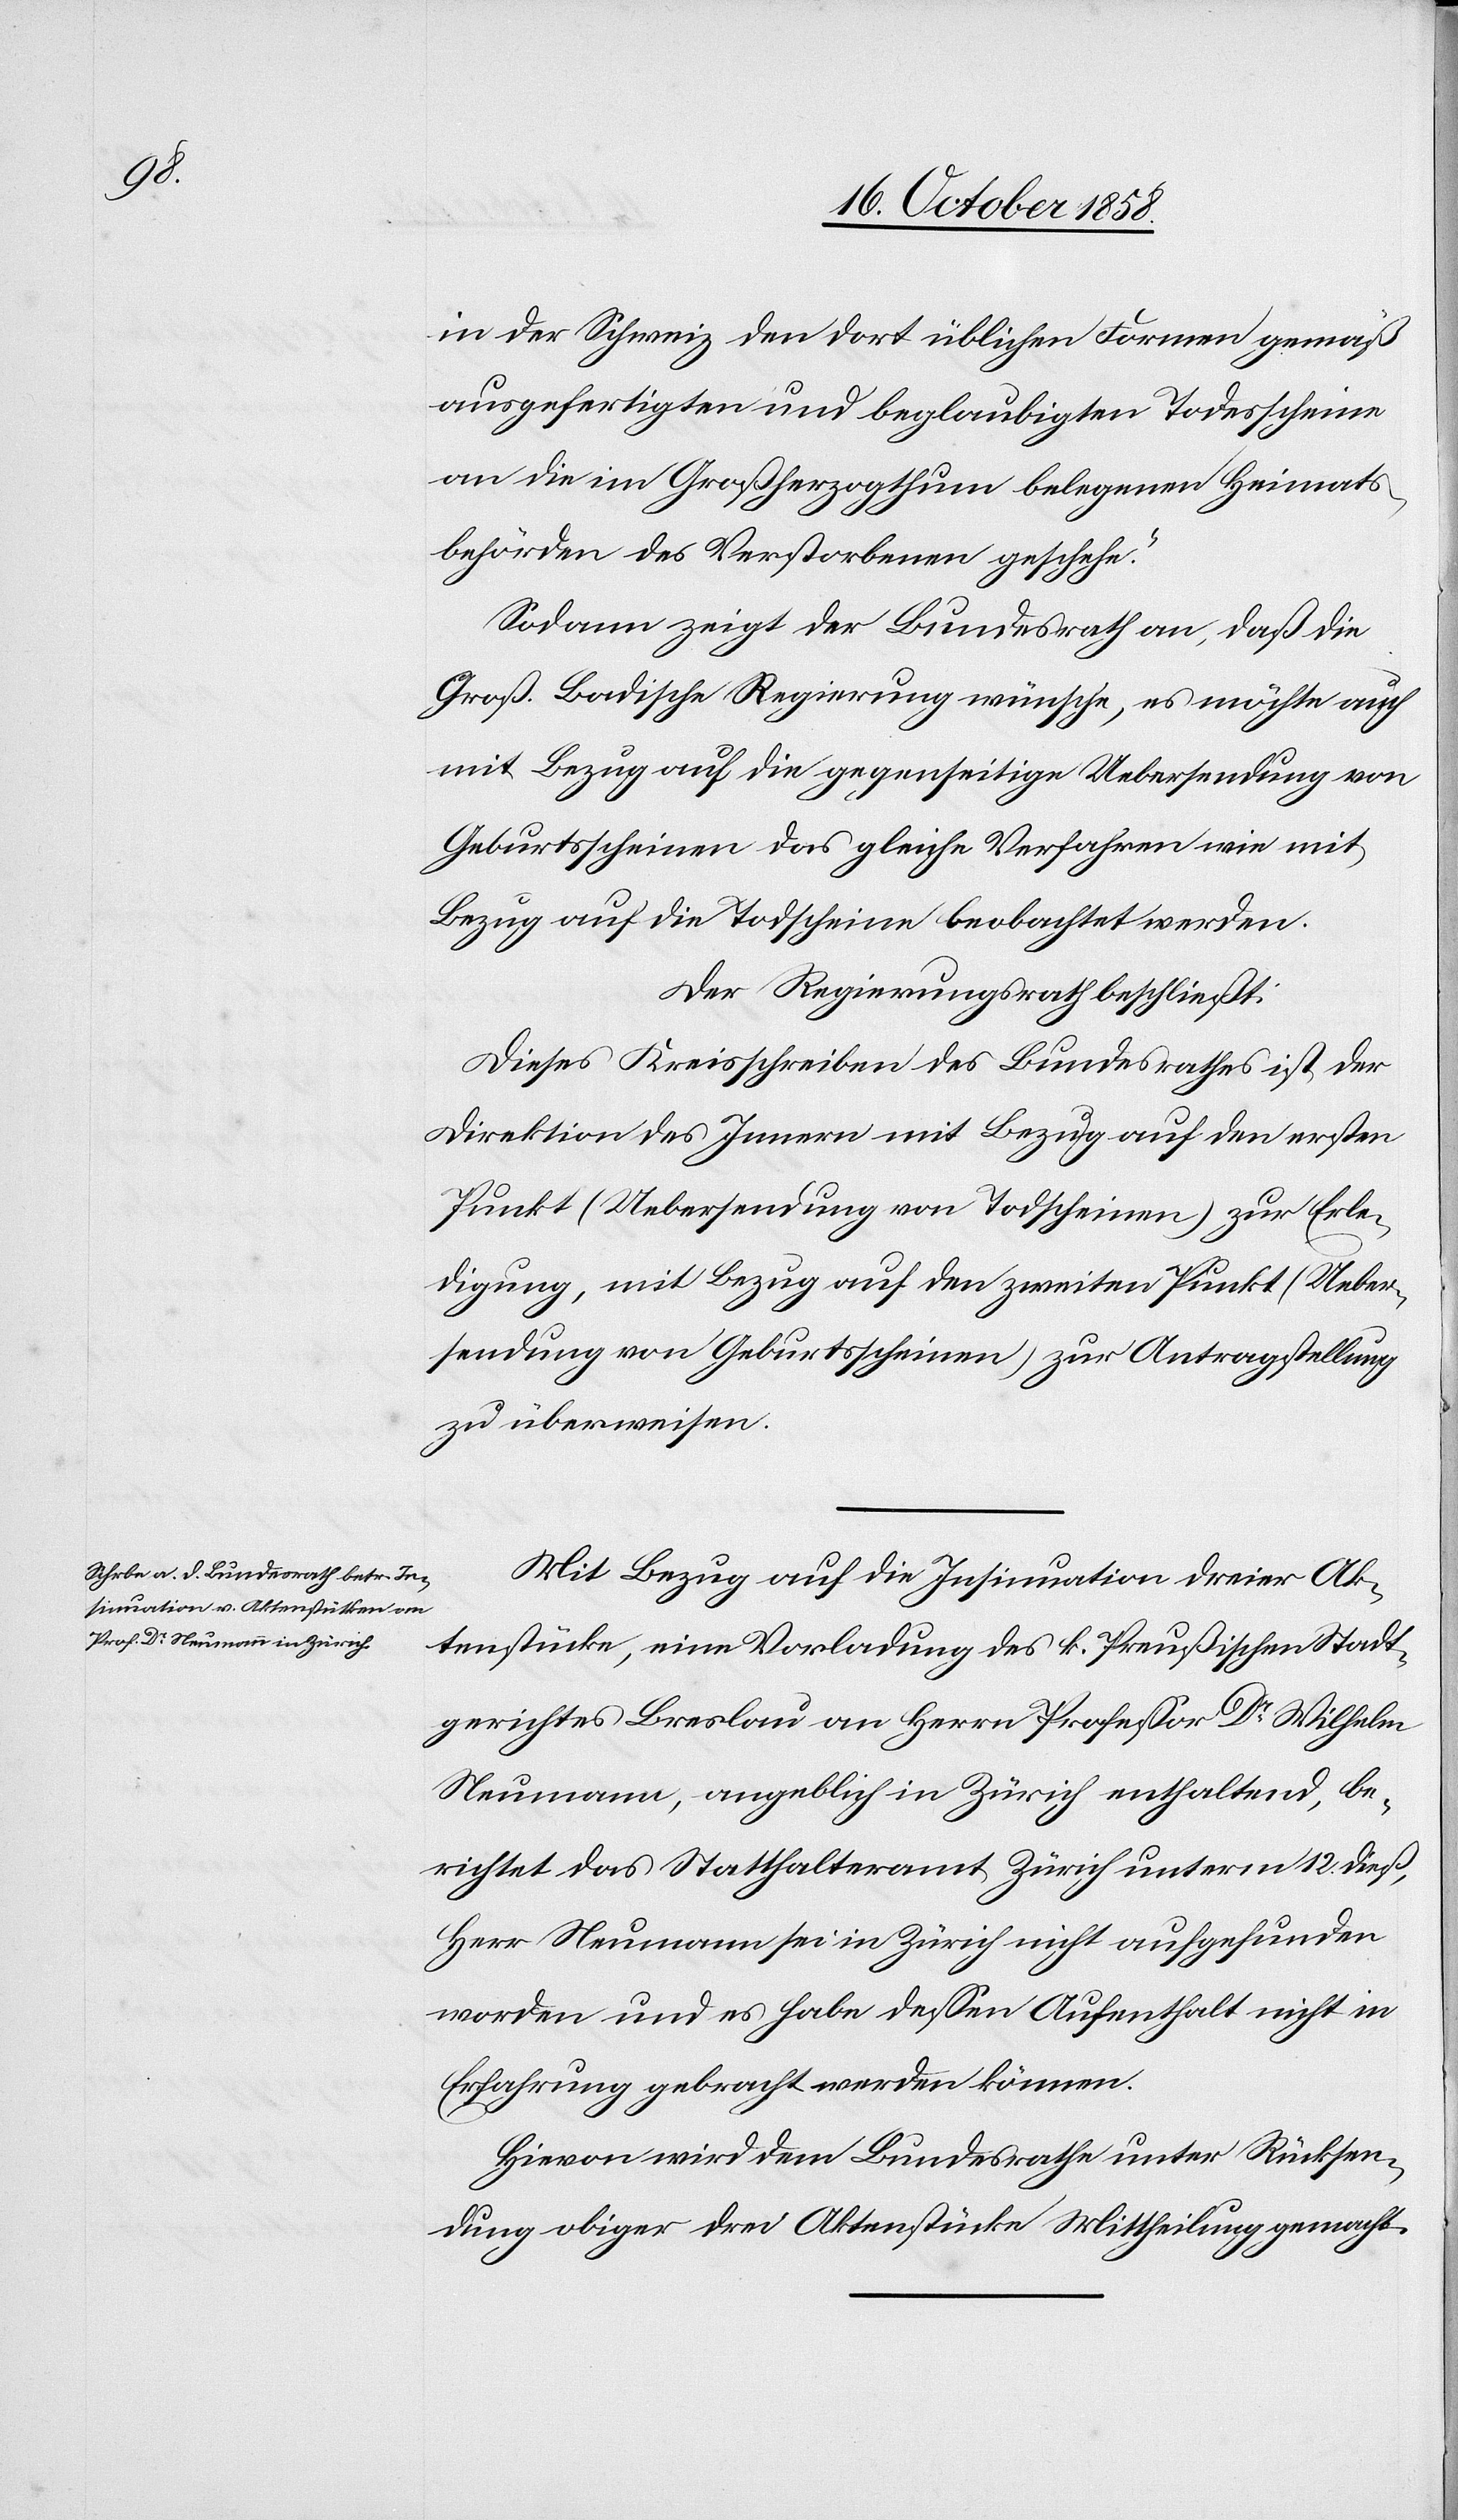
in der Schweiz den dort üblichen Formen gemäß
ausgefertigten und beglaubigten Todesscheine
an die im Großherzogthum belegenen [sic!] Heimats¬
behörden des Verstorbenen geschehe.“
Sodann zeigt der Bundesrath an, daß die
Großh. Badische Regierung wünsche, es möchte auch
mit Bezug auf die gegenseitige Uebersendung von
Geburtsscheinen das gleiche Verfahren wie mit
Bezug auf die Todscheine beobachtet werden.
Der Regierungsrath beschließt:
Dieses Kreisschreiben des Bundesrathes ist der
Direktion des Innern mit Bezug auf den ersten
Punkt (Uebersendung von Todscheinen) zur Erle¬
digung, mit Bezug auf den zweiten Punkt (Ueber¬
sendung von Geburtsscheinen) zur Antragstellung
zu überweisen.
Mit Bezug auf die Insinuation dreier Ak¬
tenstücke, eine Vorladung des k. Preußischen Stadt¬
gerichtes Breslau an Herrn Professor Dr. Wilhelm
Neumann, angeblich in Zürich enthaltend, be¬
richtet das Statthalteramt Zürich unterm 12. dieß,
Herr Neumann sei in Zürich nicht aufgefunden
worden und es habe dessen Aufenthalt nicht in
Erfahrung gebracht werden können.
Hievon wird dem Bundesrathe unter Rücksen¬
dung obiger drei Aktenstücke Mittheilung gemacht.